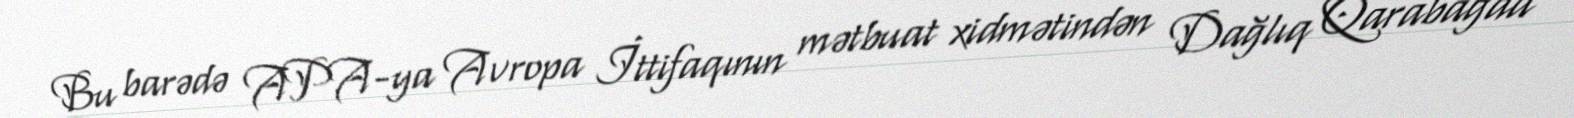
Bu barədə APA-ya Avropa İttifaqının mətbuat xidmətindən Dağlıq Qarabağda